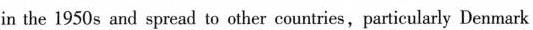
in the 1950 s and spread to other countries, particularly Denmark